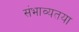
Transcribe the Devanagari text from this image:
संभाव्यतया